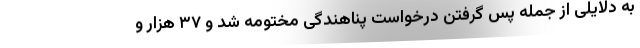
به دلایلی از جمله پس گرفتن درخواست پناهندگی مختومه شد و ۳۷ هزار و